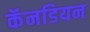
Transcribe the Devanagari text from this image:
कॅनडियन